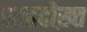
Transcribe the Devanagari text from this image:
शाहदोख़्त